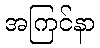
အကြင်နာ